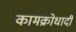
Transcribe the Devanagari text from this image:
कामक्रोधादी